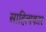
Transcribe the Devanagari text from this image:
साहित्‍यकार